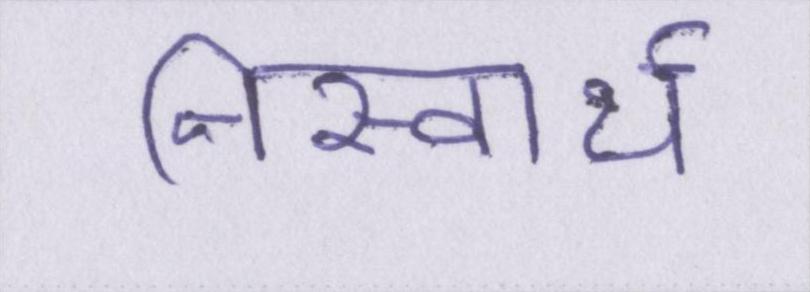
निस्वार्थ